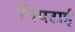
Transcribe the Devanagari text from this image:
निपटाई